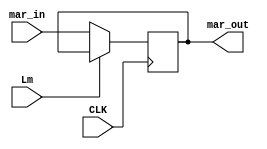
module mar(Lm, CLK, mar_in, mar_out);
	
	input Lm;
	input CLK;
	
	input [3:0] mar_in;
	output reg [3:0] mar_out;
	
	always@(posedge CLK) begin
		if (~Lm) 
			mar_out <= mar_in;	
		
	end
	
	
endmodule